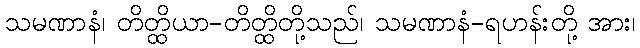
သမဏာနံ၊ တိတ္ထိယာ-တိတ္ထိတို့သည်၊ သမဏာနံ-ရဟန်းတို့ အား၊